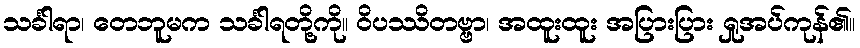
သင်္ခါရာ၊ တေဘူမက သင်္ခါရတို့ကို။ ဝိပဿိတဗ္ဗာ၊ အထူးထူး အပြားပြား ရှုအပ်ကုန်၏။